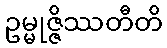
ဥမ္မုဇ္ဇိဿတီတိ